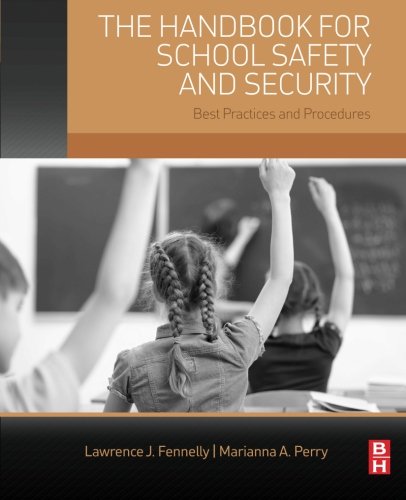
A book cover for The Handbook for School Safety and Security: Best Practices and Procedures; Lawrence Fennelly; Law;